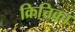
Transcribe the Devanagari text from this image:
क्रित्तिका